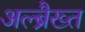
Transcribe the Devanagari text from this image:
अल्ब्रैख्त